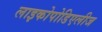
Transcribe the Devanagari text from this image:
लाइकोपोडिएलीज